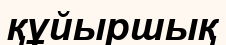
құйыршық